画像に写った文字を読んでください
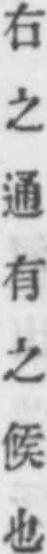
「右之通有之候也」と書いてあります